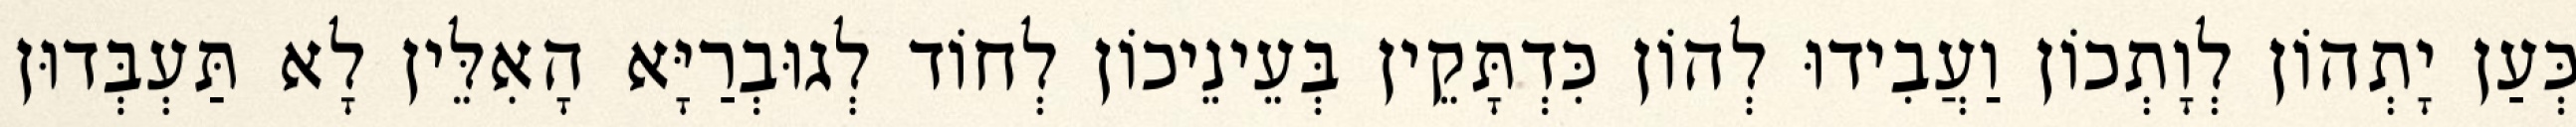
כְּעַן יָתְהוֹן לְוָתְכוֹן וַעֲבִידוּ לְהוֹן כִּדְתָּקֵין בְּעֵינֵיכוֹן לְחוֹד לְגוּבְרַיָּא הָאִלֵּין לָא תַּעְבְּדוּן